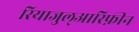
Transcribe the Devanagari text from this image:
रियाजुल्आरिफ़ीन